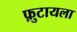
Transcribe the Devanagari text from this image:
फ़ुटायला